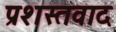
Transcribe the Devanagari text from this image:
प्रशस्तवाद